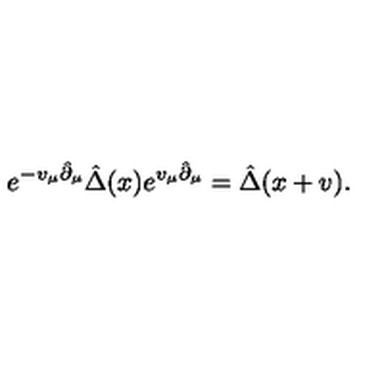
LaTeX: e ^ { - v _ { \mu } \hat { \partial } _ { \mu } } \hat { \Delta } ( x ) e ^ { v _ { \mu } \hat { \partial } _ { \mu } } = \hat { \Delta } ( x + v ) .